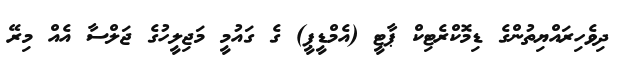
ދިވެހިރައްޔިތުންގެ ޑިމޮކްރެޓިކް ޕާޓީ (އެމްޑީޕީ) ގެ ގައުމީ މަޖިލީހުގެ ޖަލްސާ އެއް މިރޭ